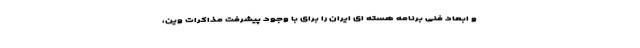
و ابعاد فنی برنامه هسته ای ایران را برای با وجود پیشرفت مذاکرات وین،